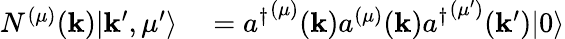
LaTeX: \begin{array}{rl}{N^{(\mu)}(\mathbf{k})|\mathbf{k}^{\prime},\mu^{\prime}\rangle}&{{}={a^{\dagger}}^{(\mu)}(\mathbf{k})a^{(\mu)}(\mathbf{k}){a^{\dagger}}^{(\mu^{\prime})}(\mathbf{k^{\prime}})|0\rangle}\end{array}